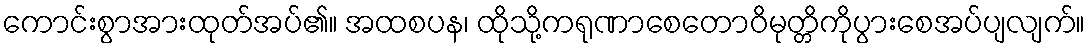
ကောင်းစွာအားထုတ်အပ်၏။ အထစပန၊ ထိုသို့ကရုဏာစေတောဝိမုတ္တိကိုပွားစေအပ်ပျလျက်။